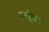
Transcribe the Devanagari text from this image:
ज्यूंवर